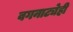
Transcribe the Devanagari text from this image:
वगनाट्येही